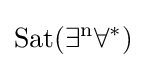
{\rm {{Sat}(\exists ^{n}\forall ^{*})}}